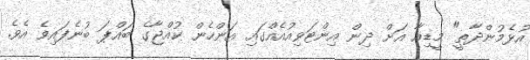
އުޅެމުންދާތީ" މީޑިއާ އަށް ދިން އިންޓަވިއުއެއްގައި އަންހެން ކުއްޖާގެ ބައްޕަ ބުނެފައިވެ އެވެ.